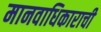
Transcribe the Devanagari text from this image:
मानवाधिकाराची